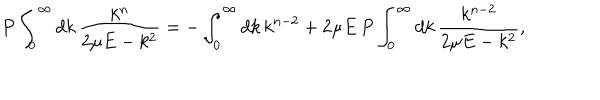
LaTeX: P \int _ { 0 } ^ { \infty } d k \, \frac { k ^ { n } } { 2 \mu E - k ^ { 2 } } = - \int _ { 0 } ^ { \infty } d k \, k ^ { n - 2 } + 2 \mu E \, P \int _ { 0 } ^ { \infty } d k \, \frac { k ^ { n - 2 } } { 2 \mu E - k ^ { 2 } } ,